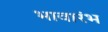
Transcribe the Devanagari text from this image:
भावारंभ